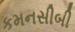
કમનસીબી